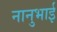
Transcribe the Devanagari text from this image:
नानुभाई